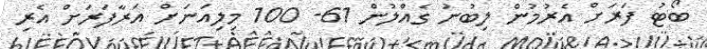
ބޯޓު ފަރަށް އެރުމުން ލިބުނު ގެއްލުން 61- 100 މިލިއަނަށް އަރާފަރަށް އެރި